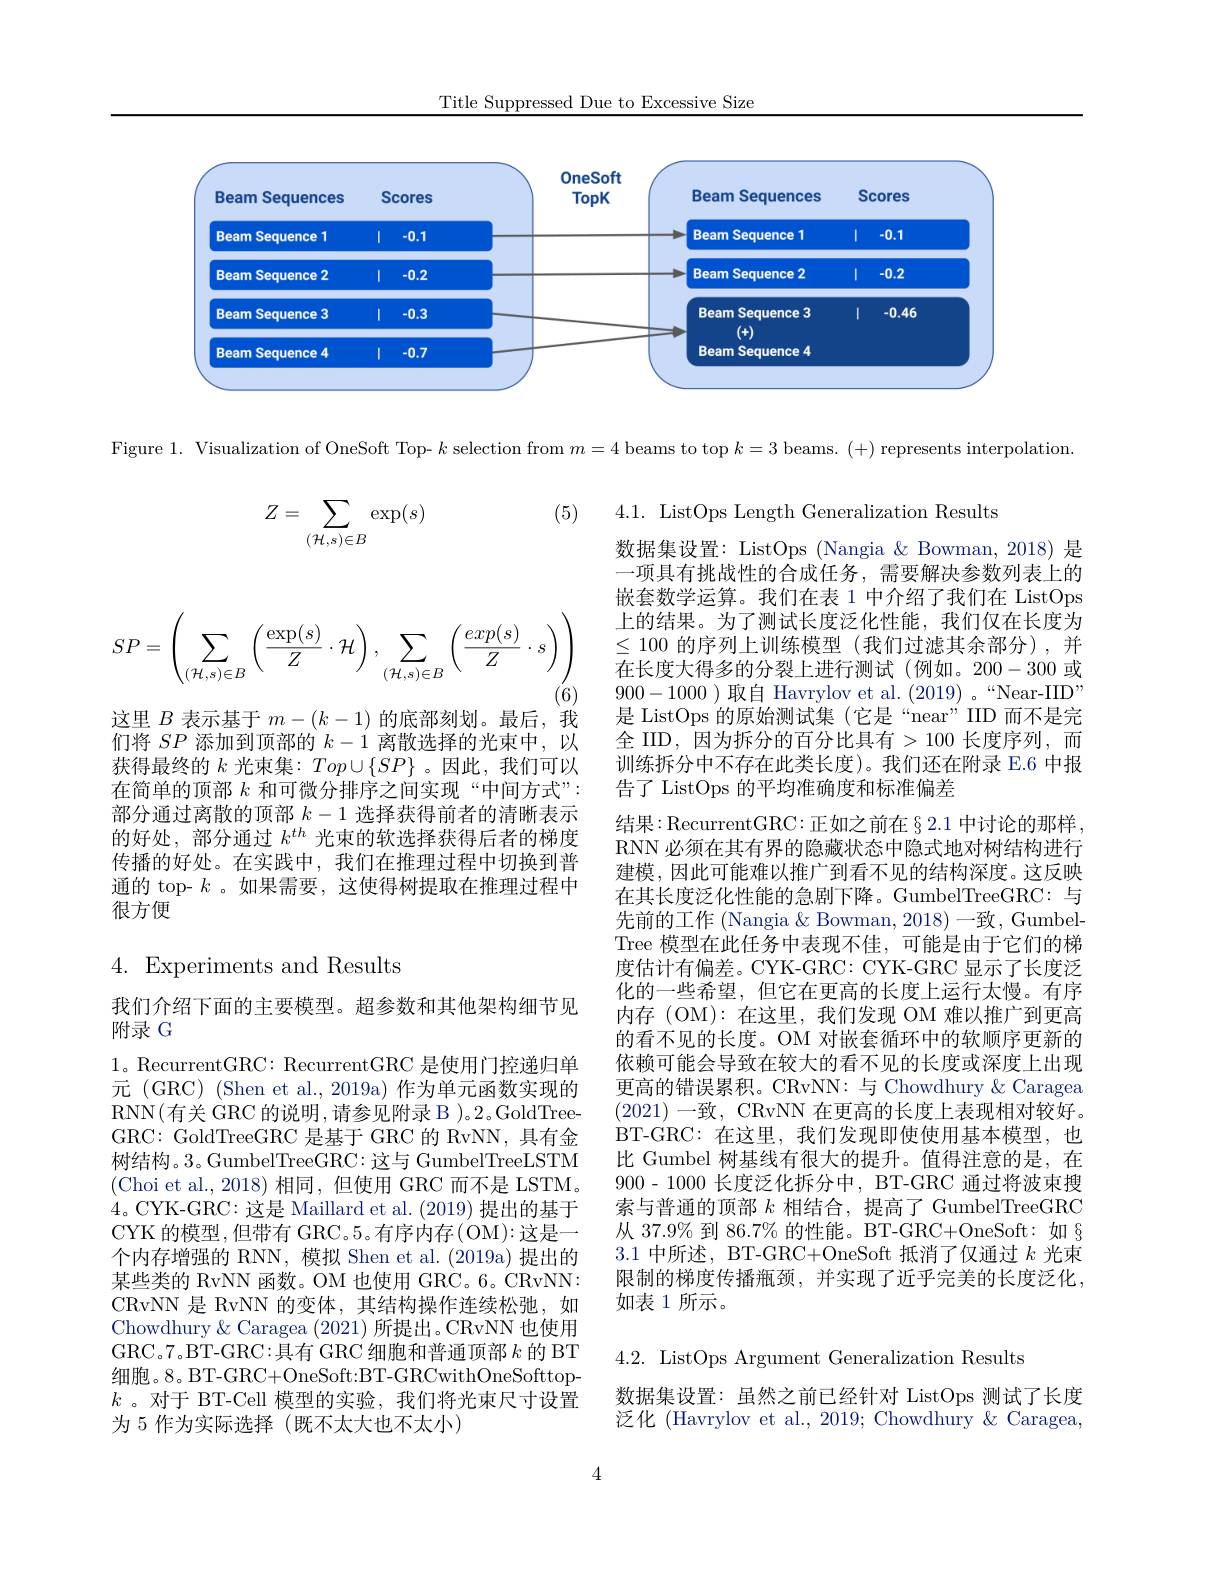
Title Suppressed Due to Excessive Size

<FigureHere>

Figure 1. Visualization of OneSoft Top- $k$ selection from $m=4$ beams to top $k=3$ beams. (+) represents interpolation

(5)
$$Z=\sum_{(\mathcal{H},s)\in B}\exp(s)$$
$$SP=\left(\sum_{(\mathcal{H},s)\in B}\left(\frac{\exp(s)}{Z}\cdot\mathcal{H}\right),\sum_{(\mathcal{H},s)\in B}\left(\frac{exp(s)}{Z}\cdot s\right)\right)$$
这里$B$表示基于$m-(k-1)$的底部刻划。最后，我们将$SP$添加到顶部的$k-1$离散选择的光束中，以获得最终的$k$光束集：$Top\cup\{SP\}$ 。因此，我们可以在简单的顶部$k$和可微分排序之间实现“中间方式”: 部分通过离散的顶部$k-1$选择获得前者的清晰表示的好处，部分通过$k^{th}$光束的软选择获得后者的梯度传播的好处。在实践中，我们在推理过程中切换到普通的 top- $k$ 。如果需要，这使得树提取在推理过程中很方便

4.1. ListOps Length Generalization Results
数据集设置：ListOps (Nangia & Bowman, 2018) 是一项具有挑战性的合成任务，需要解决参数列表上的嵌套数学运算。我们在表 1 中介绍了我们在 ListOps 上的结果。为了测试长度泛化性能，我们仅在长度为$\leq100$的序列上训练模型(我们过滤其余部分),并在长度大得多的分裂上进行测试(例如。200-300 或900-1000 )取自 Havrylov et al. (2019) 。“Near-IID” 是 ListOps 的原始测试集(它是“near”IID 而不是完全 IID,因为拆分的百分比具有>100 长度序列，而训练拆分中不存在此类长度)。我们还在附录 E.6 中报告了 ListOps 的平均准确度和标准偏差
结果：RecurrentGRC: 正如之前在§ 2.1 中讨论的那样RNN 必须在其有界的隐藏状态中隐式地对树结构进行建模，因此可能难以推广到看不见的结构深度。这反映在其长度泛化性能的急剧下降。GumbelTreeGRC:与先前的工作 (Nangia & Bowman, 2018) 一致，GumbelTree 模型在此任务中表现不佳，可能是由于它们的梯度估计有偏差。CYK-GRC: CYK-GRC 显示了长度泛化的一些希望，但它在更高的长度上运行太慢。有序内存(OM):在这里，我们发现 OM 难以推广到更高的看不见的长度。OM 对嵌套循环中的软顺序更新的依赖可能会导致在较大的看不见的长度或深度上出现更高的错误累积。CRvNN: 与 Chowdhury & Caragea (2021)一致，CRvNN 在更高的长度上表现相对较好。BT-GRC:在这里，我们发现即使使用基本模型，也比 Gumbel 树基线有很大的提升。值得注意的是，在900-1000长度泛化拆分中，BT-GRC 通过将波束搜索与普通的顶部$k$相结合，提高了 GumbelTreeGRC 从 37.9% 到 86.7% 的性能。BT-GRC+OneSoft: 如$\S$ 3.1中所述，BT-GRC+OneSoft 抵消了仅通过$k$光束限制的梯度传播瓶颈，并实现了近乎完美的长度泛化， 如表 1 所示。

# 4. Experiments and Results

我们介绍下面的主要模型。超参数和其他架构细节见
附录 G

1。RecurrentGRC: RecurrentGRC 是使用门控递归单元 (GRC) (Shen et al., 2019a) 作为单元函数实现的RNN(有关 GRC 的说明，请参见附录 B )。2。GoldTreeGRC: GoldTreeGRC 是基于 GRC 的 RvNN,具有金树结构。3。GumbelTreeGRC:这与 GumbelTreeLSTM (Choi et al.,2018)相同，但使用 GRC 而不是 LSTM。4。CYK-GRC: 这是 Maillard et al. (2019)提出的基于CYK 的模型，但带有 GRC。5。有序内存(OM):这是一个内存增强的 RNN, 模拟 Shen et al. (2019a) 提出的某些类的 RvNN 函数。OM 也使用 GRC。6。CRvNN: CRvNN 是 RvNN 的变体，其结构操作连续松弛，如Chowdhury& Caragea (2021)所提出。CRvNN 也使用GRC。7。BT-GRC:具有 GRC 细胞和普通顶部$k$的 BT 细胞。8。BT-GRC+OneSoft:BT-GRCwithOneSofttop- $k$ 。对于 BT-Cell 模型的实验，我们将光束尺寸设置为 5 作为实际选择(既不太大也不太小)

4.2. ListOps Argument Generalization Results

数据集设置：虽然之前已经针对 ListOps 测试了长度泛化 (Havrylov et al., 2019; Chowdhury & Caragea,

4